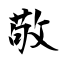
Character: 敬